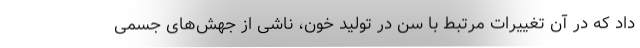
داد که در آن تغییرات مرتبط با سن در تولید خون، ناشی از جهش‌های جسمی